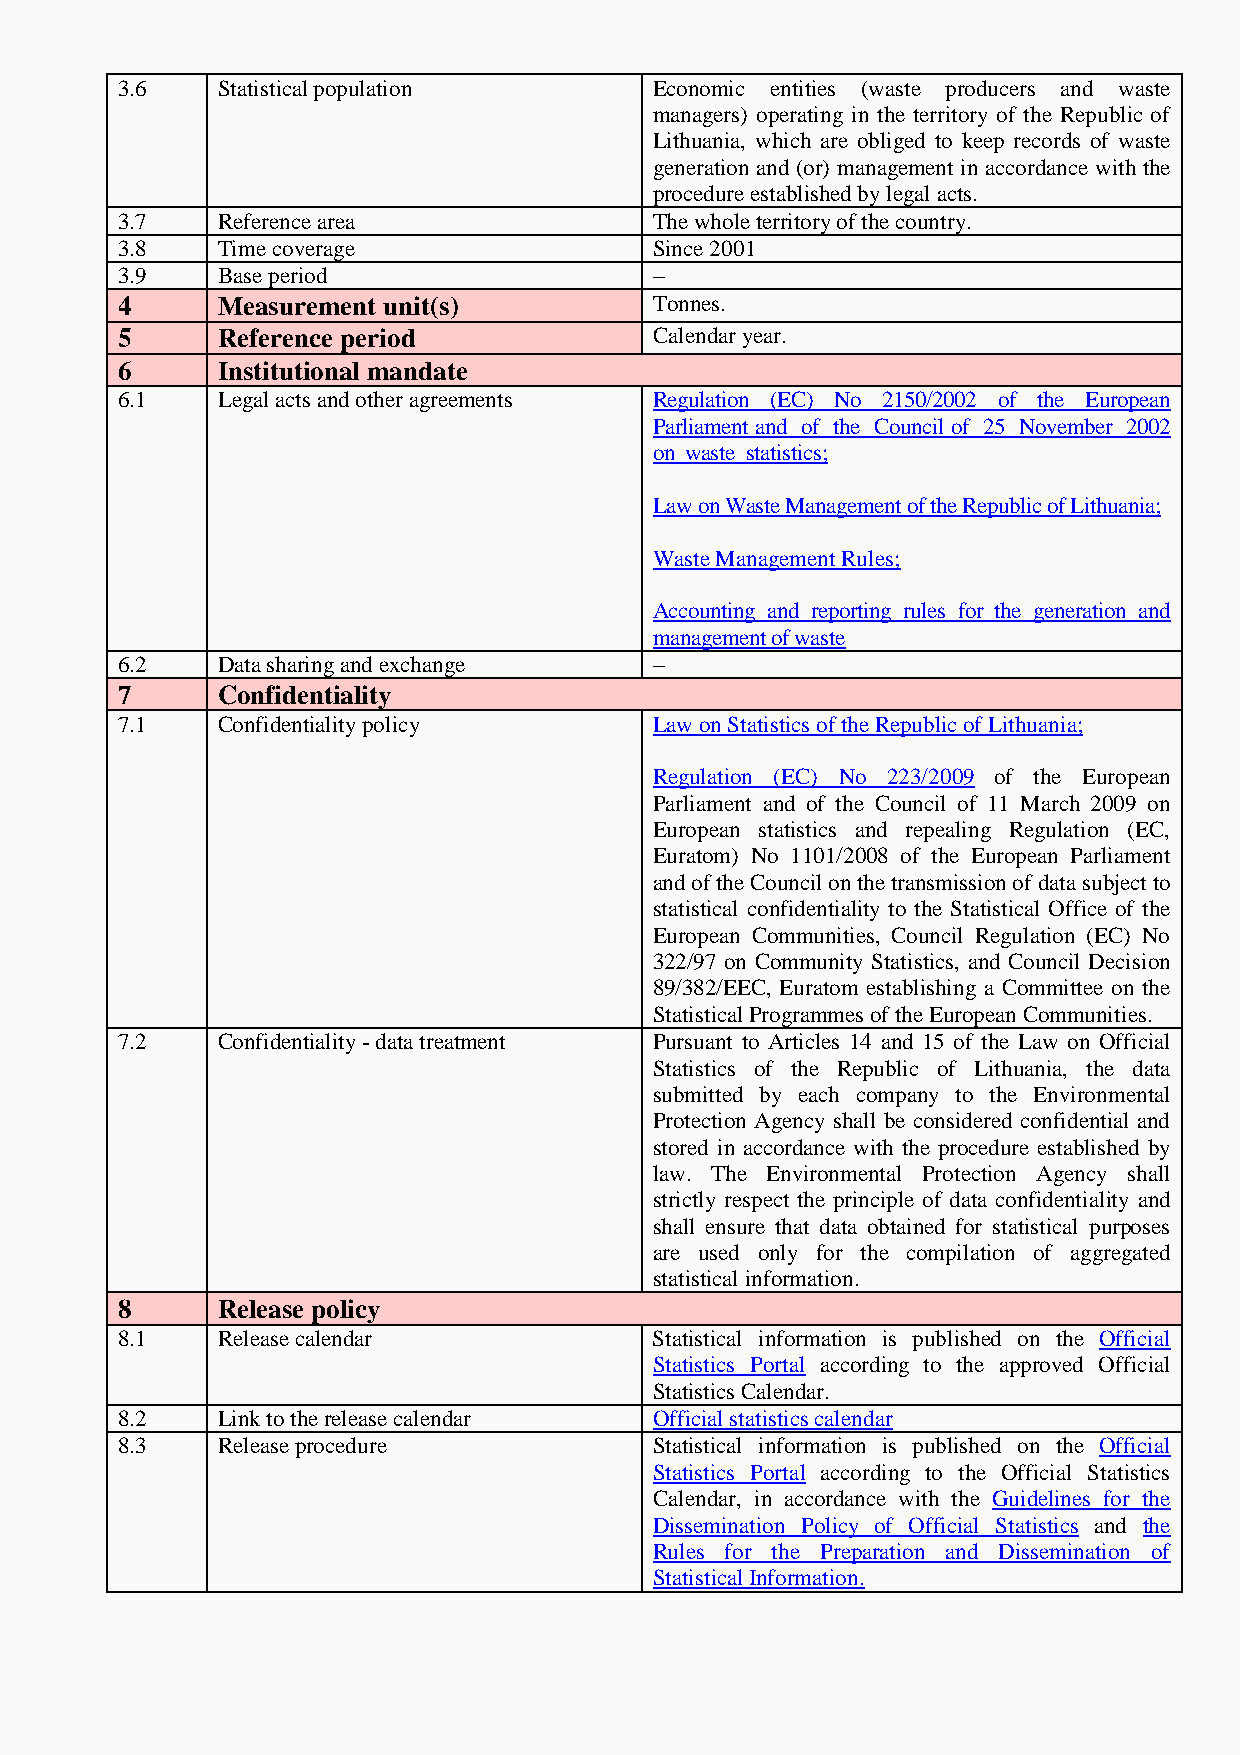
3.6   Statistical population       Economic entities (waste producers and waste
 managers) operating in the territory of the Republic of
 Lithuania, which are obliged to keep records of waste
 generation and (or) management in accordance with the
 procedure established by legal acts.
 3.7   Reference area               The whole territory of the country.
 3.8   Time coverage                Since 2001
 3.9   Base period                  –
 4     Measurement unit(s)          Tonnes.
 5     Reference period             Calendar year.
 6     Institutional mandate
 6.1   Legal acts and other agreements Regulation (EC) No 2150/2002 of the European
 Parliament and of the Council of 25 November 2002
 on waste statistics;
 Law on Waste Management of the Republic of Lithuania;
 Waste Management Rules;
 Accounting and reporting rules for the generation and
 management of waste
 6.2   Data sharing and exchange    –
 7     Confidentiality
 7.1   Confidentiality policy       Law on Statistics of the Republic of Lithuania;
 Regulation (EC) No 223/2009 of the European
 Parliament and of the Council of 11 March 2009 on
 European statistics and repealing Regulation (EC,
 Euratom) No 1101/2008 of the European Parliament
 and of the Council on the transmission of data subject to
 statistical confidentiality to the Statistical Office of the
 European Communities, Council Regulation (EC) No
 322/97 on Community Statistics, and Council Decision
 89/382/EEC, Euratom establishing a Committee on the
 Statistical Programmes of the European Communities.
 7.2   Confidentiality - data treatment Pursuant to Articles 14 and 15 of the Law on Official
 Statistics of the Republic of Lithuania, the data
 submitted by each company to the Environmental
 Protection Agency shall be considered confidential and
 stored in accordance with the procedure established by
 law. The Environmental Protection Agency shall
 strictly respect the principle of data confidentiality and
 shall ensure that data obtained for statistical purposes
 are used only for the compilation of aggregated
 statistical information.
 8     Release policy
 8.1   Release calendar             Statistical information is published on the Official
 Statistics Portal according to the approved Official
 Statistics Calendar.
 8.2   Link to the release calendar Official statistics calendar
 8.3   Release procedure            Statistical information is published on the Official
 Statistics Portal according to the Official Statistics
 Calendar, in accordance with the Guidelines for the
 Dissemination Policy of Official Statistics and the
 Rules for the Preparation and Dissemination of
 Statistical Information.